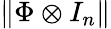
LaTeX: \| \Phi\otimes I_{n}\|